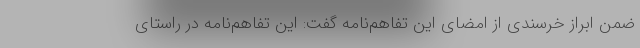
ضمن ابراز خرسندی از امضای این تفاهم‌نامه گفت: این تفاهم‌نامه در راستای